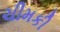
ચીમકી